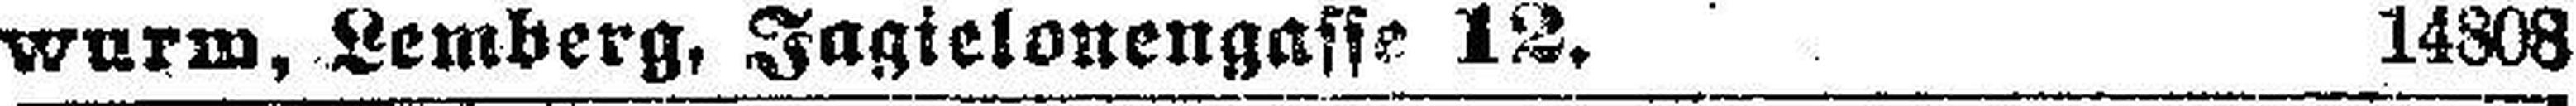
wurm, Lemberg, Jagielonengasse 12. 14808